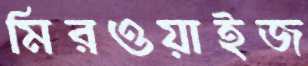
মিরওয়াইজ